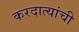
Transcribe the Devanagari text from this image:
करदात्यांची